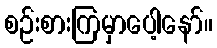
စဉ်းစားကြမှာပေါ့နော်။